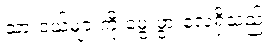
သားငယ်များကို မွေးဖွားလေ့ရှိသည်။